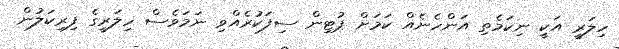
ހިލަރީ އަކީ ނިކަމެތި އަންހެނެއް ކަމަށް ޕުޓިން ސިފަކުރެއްވި ނަމަވެސް ހިލަރީގެ ފިރިކަލުން